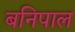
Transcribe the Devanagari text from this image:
बनिपाल